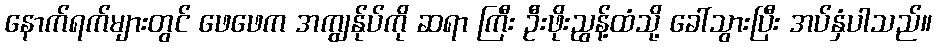
နောက်ရက်များတွင် ဖေဖေက အကျွန်ုပ်ကို ဆရာ ကြီး ဦးဖိုးညွန့်ထံသို့ ခေါ်သွားပြီး အပ်နှံပါသည်။